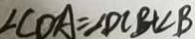
\angle C O A = \angle D C B + \angle B